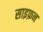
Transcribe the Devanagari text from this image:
साइफ़न